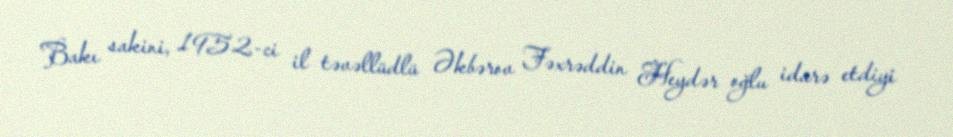
Bakı sakini, 1952-ci il təvəllüdlü Əkbərov Fəxrəddin Heydər oğlu idarə etdiyi